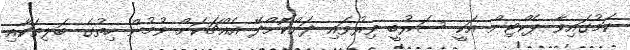
ކަމުގައިވާ ޕެކްޓިން އަކީ ސަރުބީ ވިރުވައި ދަށްކޮށްދޭ އެއްޗަކަށް ވުމުން ހިތުގެ ބަލިތަކާއި